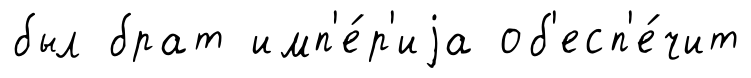
был брат имп'е́р'иjа об'есп'е́чит